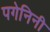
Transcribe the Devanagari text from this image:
पगेनिनी